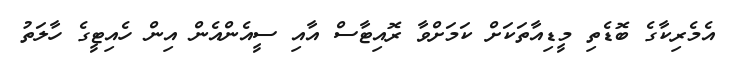
އެމެރިކާގެ ބޮޑެތި މީޑިއާތަކަށް ކަމަށްވާ ރޮއިޓާސް އާއި ސީއެންއެން އިން ހެއިޓީގެ ހާލަތު